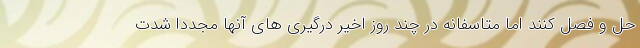
حل و فصل کنند اما متاسفانه در چند روز اخیر درگیری های آنها مجددا شدت